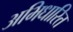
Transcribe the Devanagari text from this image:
अभिधारित